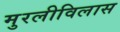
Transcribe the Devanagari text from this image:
मुरलीविलास